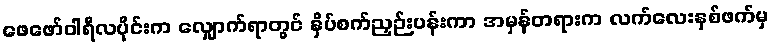
ဖေဖော်ဝါရီလပိုင်းက လျှောက်ရာတွင် နှိပ်စက်ညှဉ်းပန်းကာ အမှန်တရားက လက်လေးနှစ်ဖက်မှ